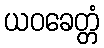
ယဝခေတ္တံ